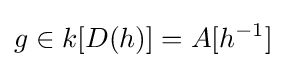
g\in k[D(h)]=A[h^{-1}]